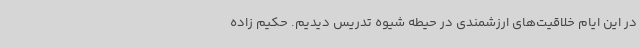
در این ایام خلاقیت‌های ارزشمندی در حیطه شیوه تدریس دیدیم. حکیم زاده